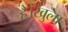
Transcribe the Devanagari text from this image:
है।खुला